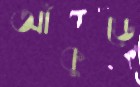
আঁকুড়ে